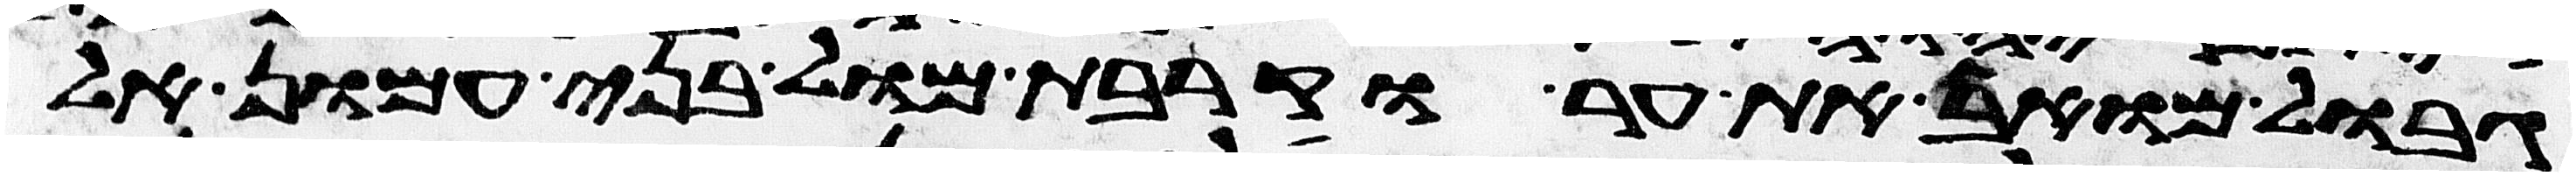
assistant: גבול מואב את ער וקרבת מול בני עמון אל